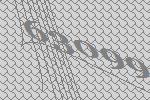
63099